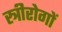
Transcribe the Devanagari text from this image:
स्त्रीरोगों